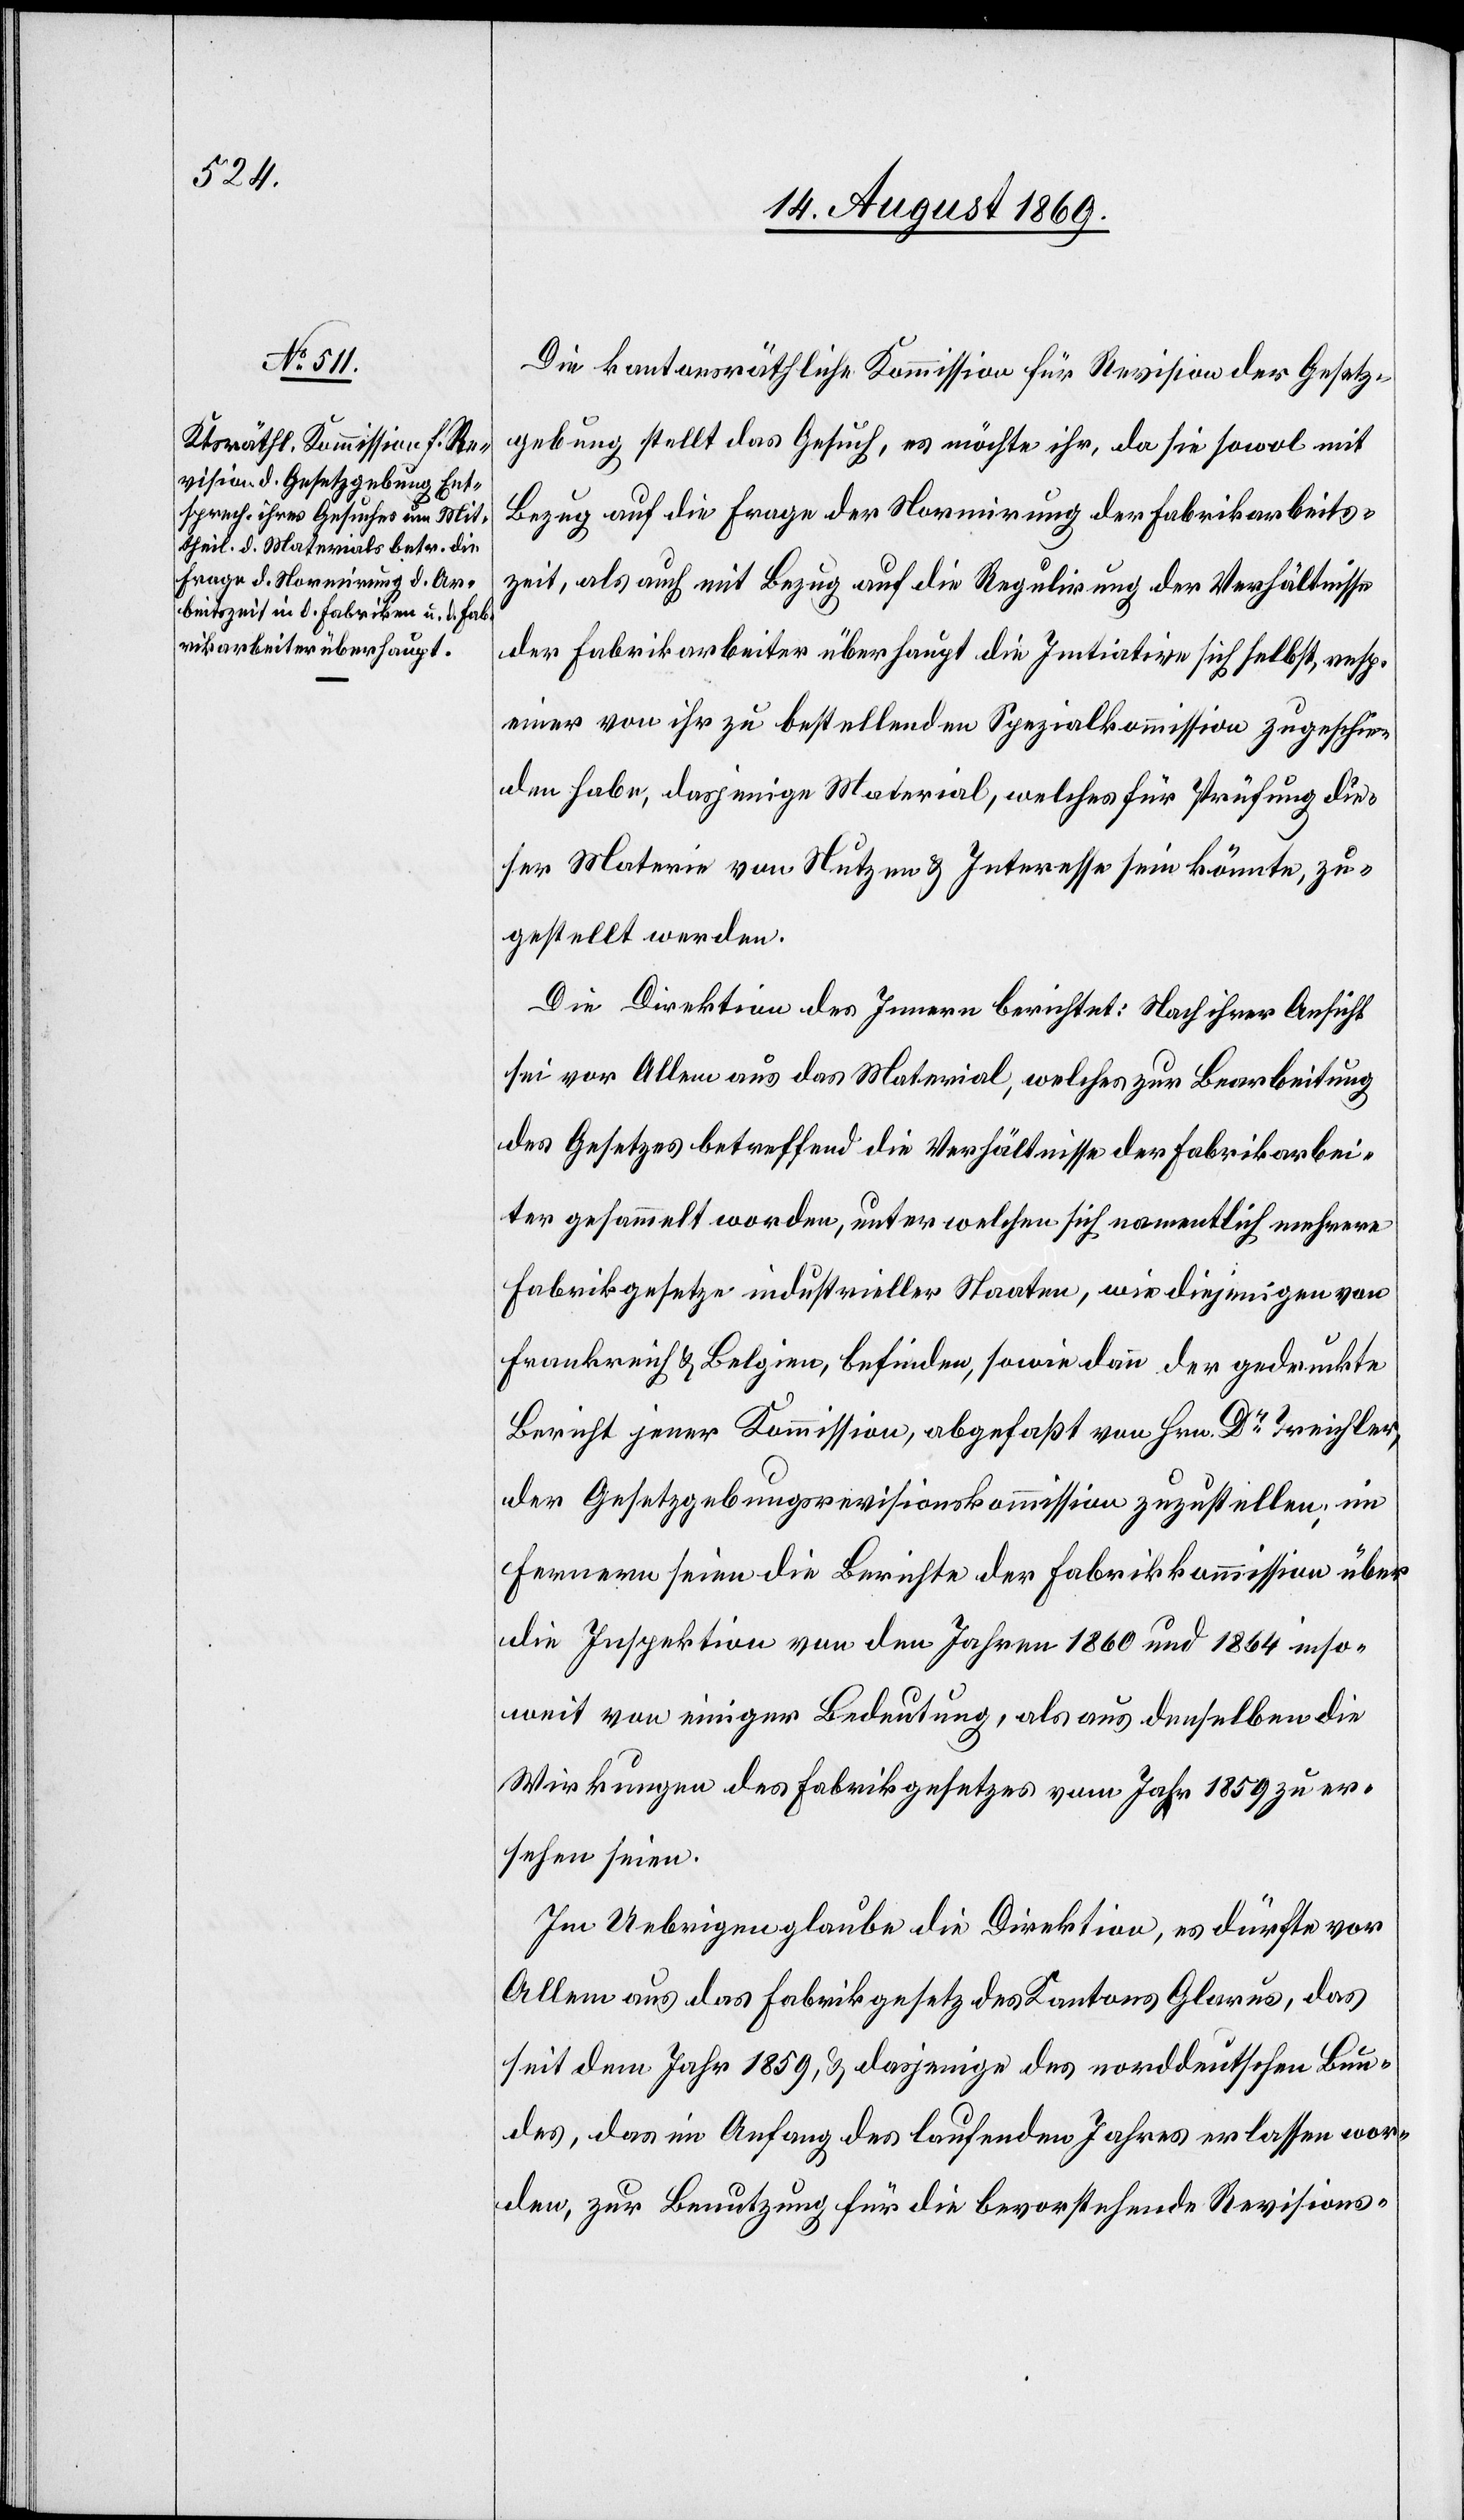
Die kantonsräthliche Kommission für Revision der Gesetz¬
gebung stellt das Gesuch, es möchte ihr, da sie sowol mit
Bezug auf die Frage der Normirung der Fabrikarbeits¬
zeit, als auch mit Bezug auf die Regulirung der Verhältnisse
der Fabrikarbeiter überhaupt die Initiative sich selbst, resp.
einer von ihr zu bestellenden Spezialkommission zugeschie¬
den habe, dasjenige Material, welches für Prüfung die¬
ser Materie von Nutzen & Interesse sein könnte, zu¬
gestellt werden.
Die Direktion des Innern berichtet: Nach ihrer Ansicht
sei vor Allem aus das Material, welches zur Bearbeitung
des Gesetzes betreffend die Verhältnisse der Fabrikarbei¬
ter gesammelt worden, unter welchen sich namentlich mehrere
Fabrikgesetze industrieller Staaten, wie diejenigen von
Frankreich & Belgien, befinden, sowie dann der gedruckte
Bericht jener Kommission, abgefaßt von Hrn. Dr Treichler,
der Gesetzgebungsrevisionskommission zuzustellen; im
Fernern seien die Berichte der Fabrikkommission über
die Inspektion von den Jahren 1860 und 1864 inso¬
weit von einiger Bedeutung, als aus denselben die
Wirkungen des Fabrikgesetzes vom Jahr 1859 zu er¬
sehen seien.
Im Uebrigen glaube die Direktion, es dürfte vor
Allem aus das Fabrikgesetz des Kantons Glarus, das
seit dem Jahr 1859, & dasjenige des norddeutschen Bun¬
des, das im Anfang des laufenden Jahres erlassen wor¬
den, zur Benutzung für die bevorstehende Revisions-